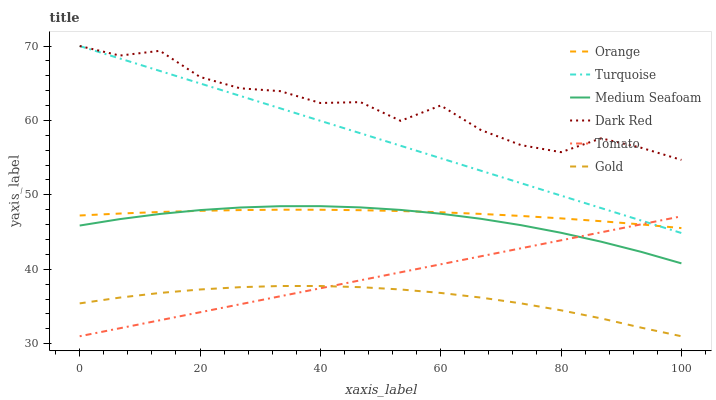
| xaxis_label | Orange | Turquoise | Medium Seafoam | Dark Red | Tomato | Gold |
 | --- | --- | --- | --- | --- | --- | --- |
 | 0 | 47.2 | 70 | 45.9 | 70 | 31 | 35.4 |
 | 6.67 | 47.5 | 68.3 | 46.7 | 68.7 | 32.1 | 36.2 |
 | 13.3 | 47.7 | 66.6 | 47.4 | 69.4 | 33.1 | 36.8 |
 | 20 | 47.9 | 65 | 48 | 65.8 | 34.2 | 37.3 |
 | 26.7 | 48 | 63.3 | 48.3 | 64.3 | 35.3 | 37.6 |
 | 33.3 | 48 | 61.6 | 48.5 | 63.9 | 36.4 | 37.8 |
 | 40 | 48 | 59.9 | 48.5 | 62.3 | 37.4 | 37.8 |
 | 46.7 | 47.9 | 58.3 | 48.3 | 62.5 | 38.5 | 37.6 |
 | 53.3 | 47.8 | 56.6 | 48 | 59.9 | 39.6 | 37.3 |
 | 60 | 47.7 | 54.9 | 47.5 | 62 | 40.7 | 36.8 |
 | 66.7 | 47.4 | 53.2 | 46.8 | 58.7 | 41.7 | 36.2 |
 | 73.3 | 47.2 | 51.6 | 45.9 | 56.7 | 42.8 | 35.4 |
 | 80 | 46.8 | 49.9 | 44.9 | 55.7 | 43.9 | 34.5 |
 | 86.7 | 46.5 | 48.2 | 43.7 | 57.6 | 45 | 33.4 |
 | 93.3 | 46 | 46.5 | 42.3 | 56.3 | 46 | 32.2 |
 | 100 | 45.5 | 44.9 | 40.8 | 54.7 | 47.1 | 31 |